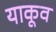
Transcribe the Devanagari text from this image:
याकूव